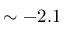
\sim - 2 . 1